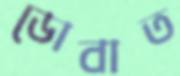
ডোবাত